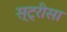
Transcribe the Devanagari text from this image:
स्ट्रीसा